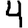
Digit: 4